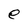
Character: e